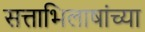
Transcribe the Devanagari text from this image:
सत्ताभिलाषांच्या